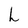
Character: h